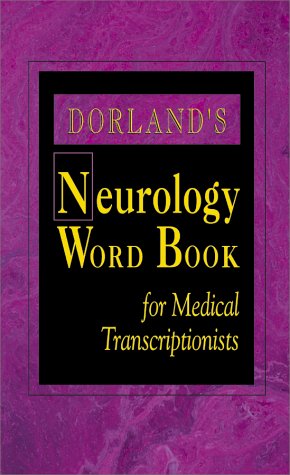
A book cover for Dorland's Neurology Word Book for Medical Transcriptionists, 1e; Dorland; Medical Books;